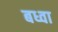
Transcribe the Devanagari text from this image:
बध्वा